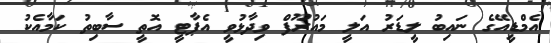
އެމްޑީއޭގެ ނައިބު ލީޑަރު އަލީ މައުރޫފް ވިދާޅުވީ އެޕާޓީ އޮތީ ސާބިތު ކަމާއެކު